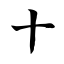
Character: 十